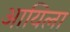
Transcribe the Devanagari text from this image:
आयिला